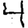
Digit: 4